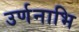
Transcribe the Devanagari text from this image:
उर्णनाभि